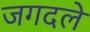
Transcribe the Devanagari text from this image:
जगदले